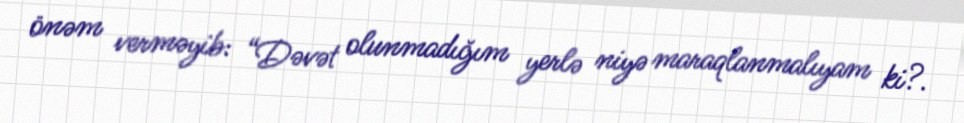
önəm verməyib: “Dəvət olunmadığım yerlə niyə maraqlanmalıyam ki?.